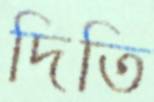
দিতি